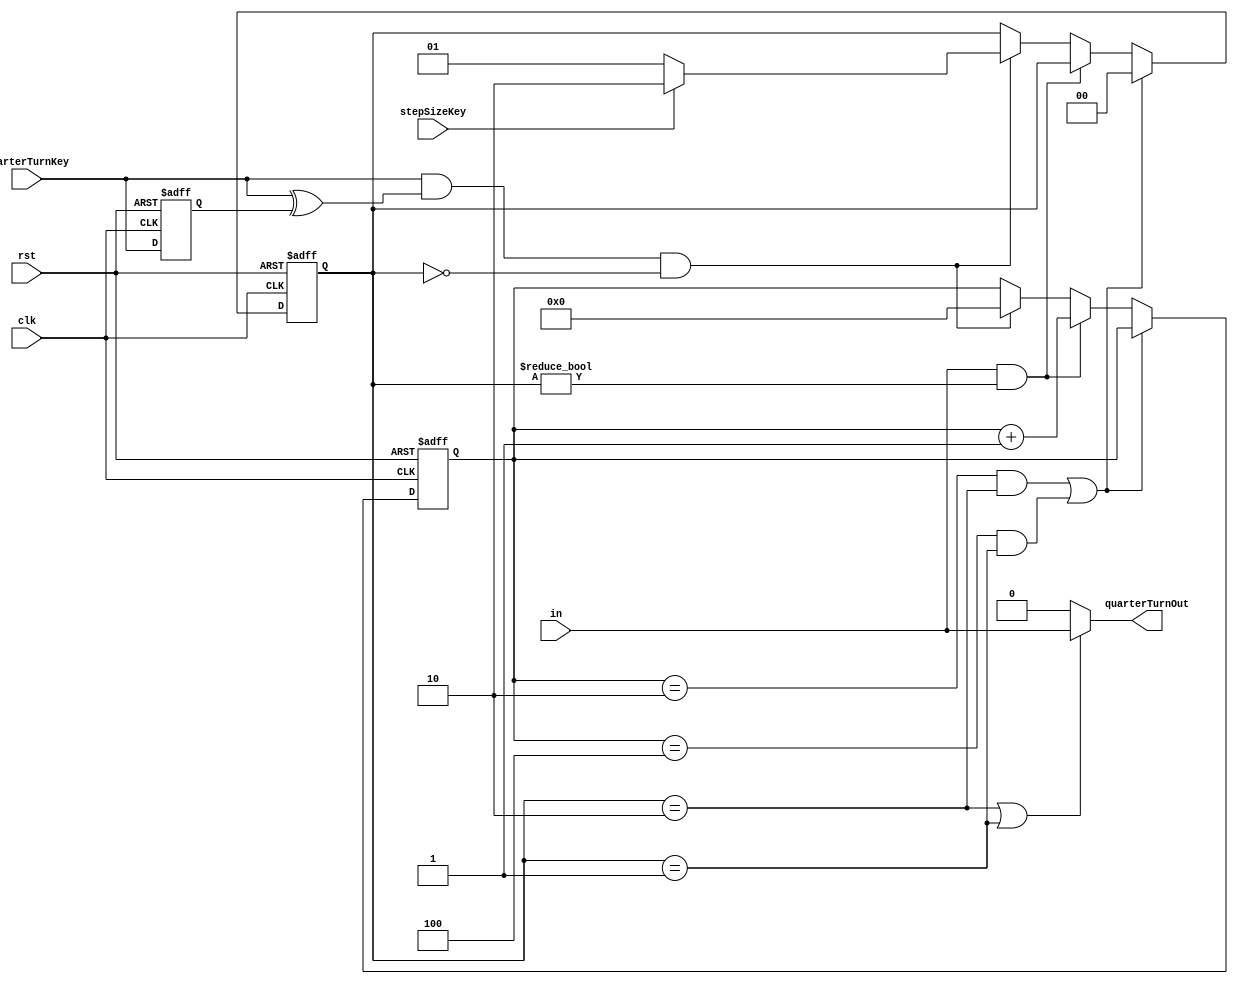
module quarterTurn(clk, rst, in, quarterTurnKey, stepSizeKey, quarterTurnOut); // sw3 (on) full step, (off) half step

	// input and output declaration
	input wire clk, rst, in, quarterTurnKey, stepSizeKey;
	output wire  quarterTurnOut;
	
	reg [6:0] count;
	reg [1:0] enableCount;
	reg longToShortPressReg;
	
	wire longToShortPressWire;
	
	parameter MaxFullStep = 7'h2,
			  MaxHalfStep = 7'h4,
			  
			  enableCountFullStep = 2'b10, // Enable full step
			  enableCountHalfStep = 2'b01; // Enable half step
			
	always @ (posedge clk or negedge rst) begin
		if(~rst)
			longToShortPressReg <= 1'b0;
		
		else
			longToShortPressReg <= quarterTurnKey;	
	end

	assign longToShortPressWire = (quarterTurnKey & (quarterTurnKey^longToShortPressReg));
			
	always @ (posedge clk or negedge rst) begin
		if(~rst) begin
			enableCount <= 2'b0;
			count <= 7'b0;
		end
		

		else if ((count == MaxFullStep && enableCount == enableCountFullStep) || (count == MaxHalfStep && enableCount == enableCountHalfStep)) begin // if end count
			enableCount <= 2'b0;
			
		end
		
		else if (in && (enableCount != 2'b0)) begin         
			count <= count + 7'b1;     											// increase counter by 1 
			
		end
		else if (longToShortPressWire && enableCount == 2'b0) begin            // start to count
			count <= 7'b0;  
		    if(stepSizeKey)                    									// full or half step
		        enableCount = enableCountFullStep; 
		    else
		        enableCount = enableCountHalfStep;		        	        
		end

	end
		
	assign  quarterTurnOut = ((enableCount == enableCountFullStep) || (enableCount == enableCountHalfStep)) ? in: 1'b0;

endmodule